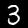
Digit: 3